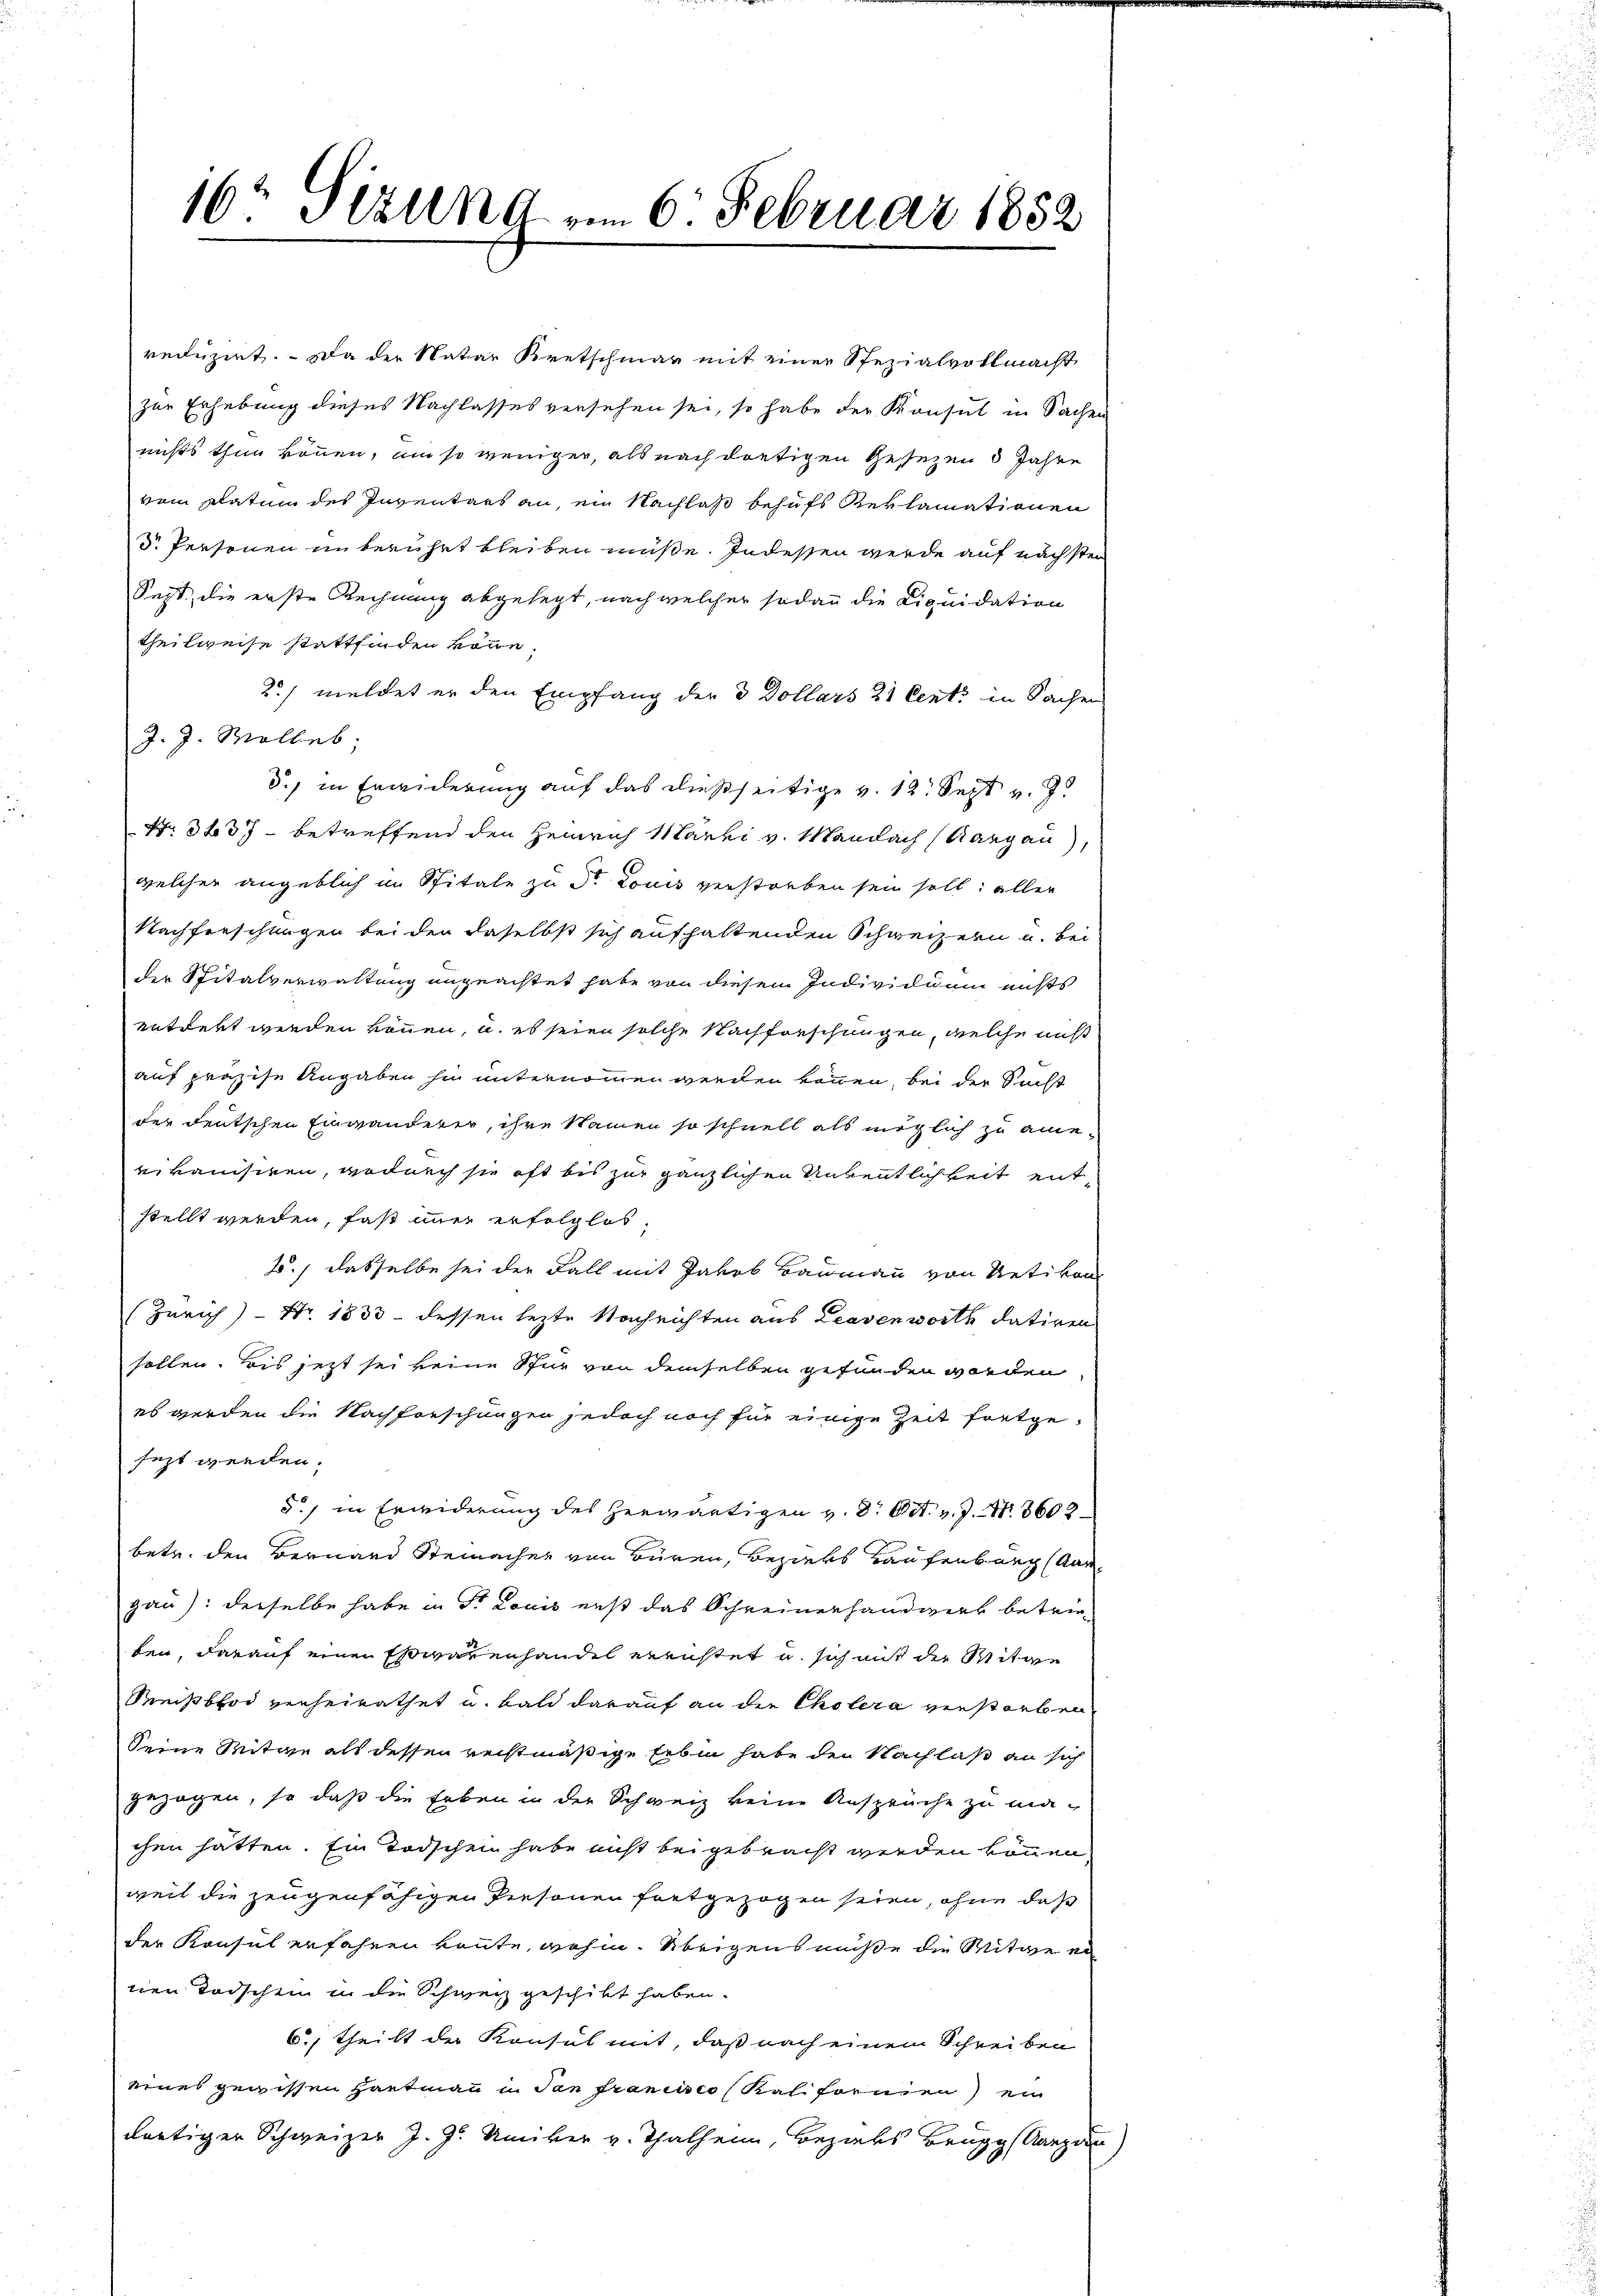
16 Stund am 6. Februar 1852

reduzirt. Da der Natar Kretschmal mit einer Spezialvollmacht
zur Erhebung dieses Nachlasses versehen sei, so habe der Konsul in Sachen
nichts thun können, um so weniger, als nach dortigen Gesezen 3 Jahre
vom Platum des Inventars an, ein Nachlaß behufs Reklamationen
Dr. Personen in berührt bleiben müße. Indessen werde auf nächsten
Sept, die erste Rechnung abgelegt, nach welcher sodann die Liquidation
theilweise stattfinden könne.
2) meldet er den Empfang der 3 Dollars 21 Centi in Sachen
J. J. Wolle;
d.) in Erwiderung auf das dießseitige v. 12. Sept v. J.
Nr. 337 - betreffend den Heinrich Marki v. Mandach (Aargau,
welcher angeblich im Spitale zu Str. Louis verstorben sein soll; aller
Nachforschungen bei den daselbst sich aufhaltenden Schweizern u. bei
der Spitalverwaltung angeachtet habe von diesem Individuum nichts
entrekt werden können, u. es seien solche Nachforschungen, welche nicht
auf präzise Angaben hin unternommen werden können, bei der Sucht
der deutschen Einwanderer, ihre Namen so schnell als möglich zu ameeikanisiren, wodurch sie oft bis zur gänzlichen Aufentlichkeit entstellt werden, fast immer erfolglos,
2.) dasselbe sei der Fall mit Jakob Baumann von Uetikon
(Zürich) - Nr. 1833 - dessen lezte Nachrichten aus Leavenworte datiren
sollen. Bis jetzt sei keine Spur von demselben gefunden worden
es werden die Nachforschungen jedoch noch für einige Zeit fortgesezt werden.
5.) in Erwiderung des herwärtigen v. 8. Oct. v. J. Nr. 3602
betr. den Bernard Steinacher von Büren, Beziehs Kaufenburg (Kar
gau: derselbe habe in Dr Louis erst das Schreinerhandwerk betrieten, darauf einen Esswarenhandel errichtet u. sich mit der Mitge
Reisbrod verheirathet u. bald darauf an die Cholera verstorben
Seine Mitein als dessen rechtmäßige Erben habe der Nachlaß an sich
gezogen, so daß die Erben in der Schweiz keine Ansprüche zu ma-
chen hätten. Ein Todschein habe nicht beigebracht werden können,
weit die zeugenfähigen Personen fortgezogen seien, ohne daß
der Konsul erfahren könnte, wohin. Übrigens müße die Mitte er
nen Todschein in die Schweiz geschikt haben.
6., theilt der Konsul mit, daß nach einem Schreiben
eines gewissen Hautmann in dan francisco (Kal formen) ein
dortiger Schweizer J. J. Umiker v. Thalheim, Bezahs Brugg Kanzen